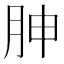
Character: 胂